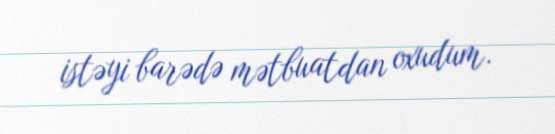
istəyi barədə mətbuatdan oxudum.